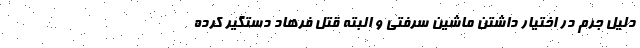
دلیل جرم در اختیار داشتن ماشین سرفتی و البته قتل فرهاد دستگیر کرده